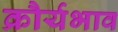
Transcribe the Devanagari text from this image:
क्रौर्यभाव